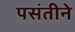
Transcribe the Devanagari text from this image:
पसंतीने